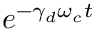
e ^ { - \gamma _ { d } \omega _ { c } t }